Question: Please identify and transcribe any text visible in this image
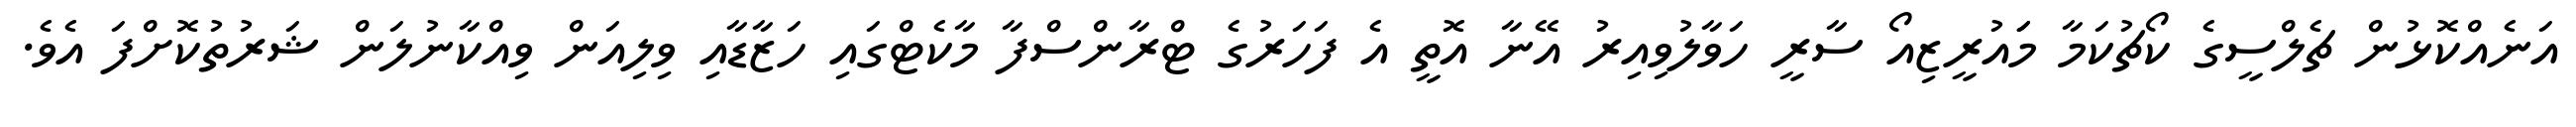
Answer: އަނެއްކޮޅުން ޗެލްސީގެ ކޯޗުކަމާ މަައުރީޒިއޯ ސާރީ ހަވާލުވިއިރު އޭނާ އޮތީ އެ ފަހަރުގެ ޓްރާންސްފާ މާކެޓްގައި ހަޒާޑާއި ވިލިއަން ވިއްކާނުލަން ޝަރުތުކޮށްފަ އެވެ.